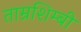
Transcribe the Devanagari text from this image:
ताम्रशिम्बी